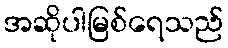
အဆိုပါမြစ်ရေသည်